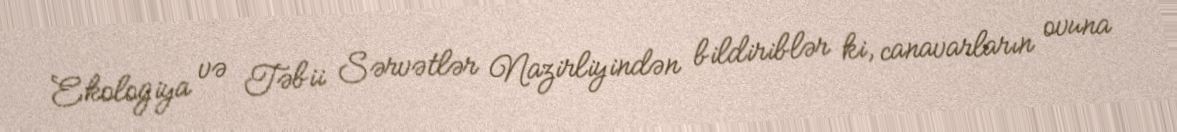
Ekologiya və Təbii Sərvətlər Nazirliyindən bildiriblər ki, canavarların ovuna